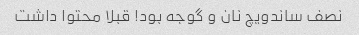
نصف ساندویچ نان و گوجه بود! قبلا محتوا داشت